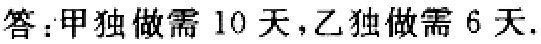
答：甲独做需 10 天，乙独做需 6 天.